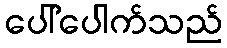
ပေါ်ပေါက်သည်